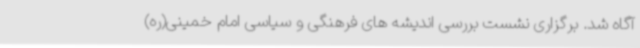
آگاه شد. برگزاری نشست بررسی اندیشه های فرهنگی و سیاسی امام خمینی(ره)